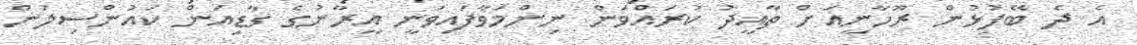
އެ ދެ ބޭފުޅުން ރޫހާނީއަށް ތާއީދު ކުރައްވަން ނިންމަވާފައިވަނީ އީރާނުގެ ގާޑިއަން ކައުންސިލުން